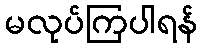
မလုပ်ကြပါရန်